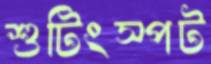
শুটিংস্পট